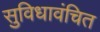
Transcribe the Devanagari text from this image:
सुविधावंचित